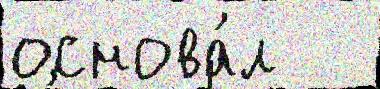
основа́л